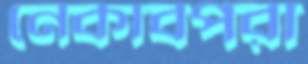
নেকাবপরা